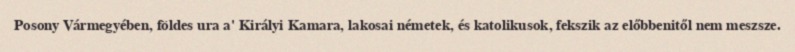
Posony Vármegyében, földes ura a' Királyi Kamara, lakosai németek, és katolikusok, fekszik az előbbenitől nem meszsze.